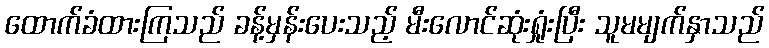
ထောက်ခံထားကြသည် ခန့်မှန်းပေးသည့် မီးလောင်ဆုံးရှုံးပြီး သူမမျက်နှာသည်